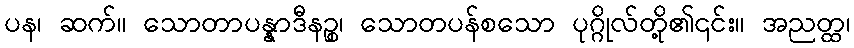
ပန၊ ဆက်။ သောတာပန္နာဒီနဉ္စ၊ သောတပန်စသော ပုဂ္ဂိုလ်တို့၏၎င်း။ အညတ္ထ၊